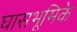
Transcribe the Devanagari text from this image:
घासभूमिके